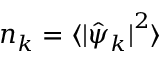
n _ { k } = \langle { \lvert { \hat { \psi } _ { k } } \rvert } ^ { 2 } \rangle